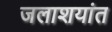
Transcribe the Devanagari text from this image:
जलाशयांत